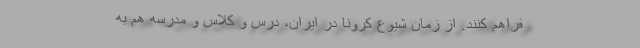
فراهم کنند. از زمان شیوع کرونا در ایران، درس و کلاس و مدرسه هم به